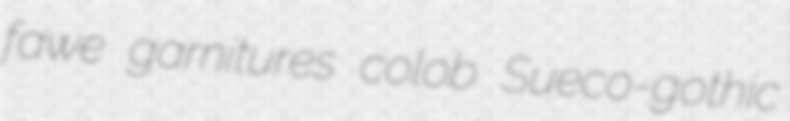
fawe garnitures colob Sueco-gothic